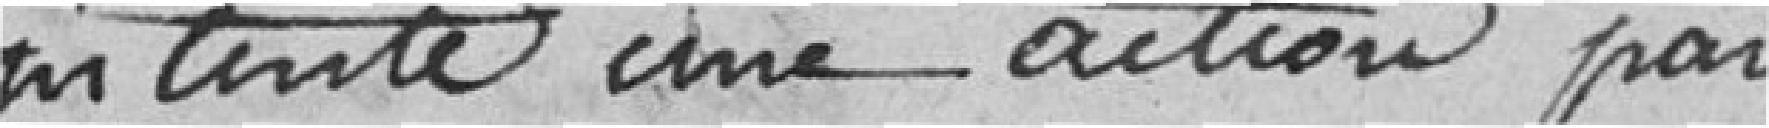
intenté une action par